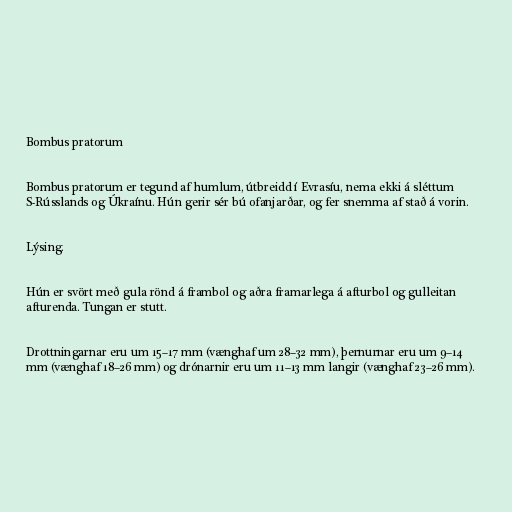
Bombus pratorum

Bombus pratorum er tegund af humlum, útbreidd í Evrasíu, nema ekki á sléttum
S-Rússlands og Úkraínu. Hún gerir sér bú ofanjarðar, og fer snemma af stað á vorin.

Lýsing.

Hún er svört með gula rönd á frambol og aðra framarlega á afturbol og gulleitan
afturenda. Tungan er stutt.

Drottningarnar eru um 15–17 mm (vænghaf um 28–32 mm), þernurnar eru um 9–14
mm (vænghaf 18–26 mm) og drónarnir eru um 11–13 mm langir (vænghaf 23–26 mm).